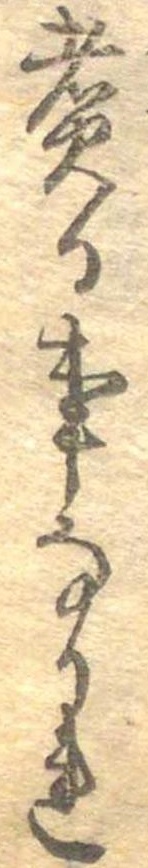
煮る事なかれ